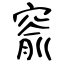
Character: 窬